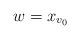
LaTeX: \begin{align*} w = x_{v_0} \end{align*}